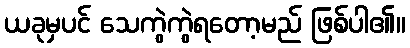
ယခုမှပင် သေကွဲကွဲရတော့မည် ဖြစ်ပါ၏။